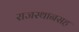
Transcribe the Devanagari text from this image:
राजस्थानसह